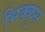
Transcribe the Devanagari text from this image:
भिक्कुस